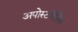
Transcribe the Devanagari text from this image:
अपोस्टॉलिक